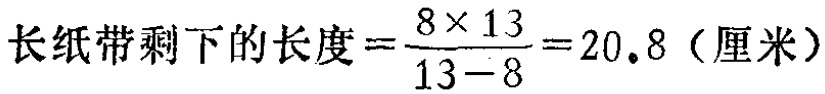
长纸带剩下的长度$=\frac{8\times13}{13 - 8}=20.8$（厘米）